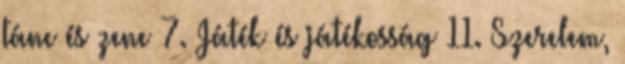
tánc és zene 7. Játék és játékosság 11. Szerelem,